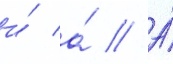
и́ а́ // А́